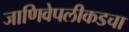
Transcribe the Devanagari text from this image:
जाणिवेपलीकडचा